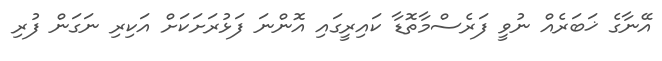
އޭނާގެ ޚަބަރެއް ނުވީ ފަރެސްމާތޮޑާ ކައިރީގައި އޮންނަ ފަޅުރަށަކަށް އަކިރި ނަގަން ފުރި